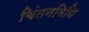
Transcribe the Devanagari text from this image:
चिंतनविधि